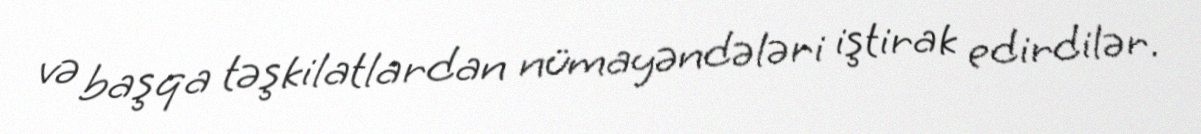
və başqa təşkilatlardan nümayəndələri iştirak edirdilər.